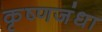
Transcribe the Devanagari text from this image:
कृष्णजंधा